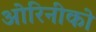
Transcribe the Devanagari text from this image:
ओरिनीको